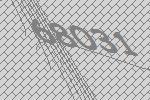
68031